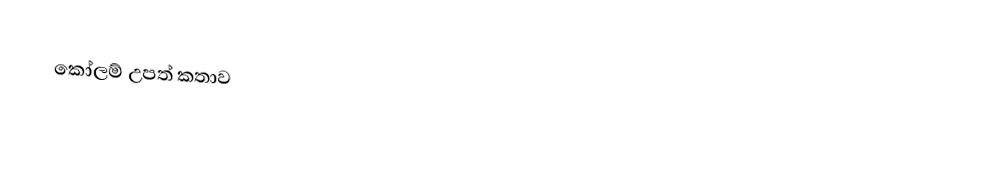
කෝලම් උපත් කතාව